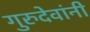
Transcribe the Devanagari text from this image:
गुरुदेवांनी